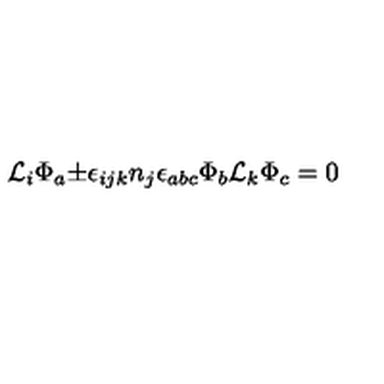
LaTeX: { \cal L } _ { i } { \Phi } _ { a } { \pm } { \epsilon } _ { i j k } n _ { j } { \epsilon } _ { a b c } { \Phi } _ { b } { \cal L } _ { k } { \Phi } _ { c } = 0